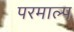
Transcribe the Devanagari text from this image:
परमाल्प